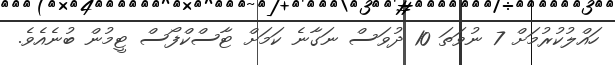
ހައްލުކުރުމަށް 7 ނުވަތަ 10 ދުވަސް ނަގާނެ ކަމަށް ޓާސްކްފޯސް ޓީމުން ބުނެއެެވެ.